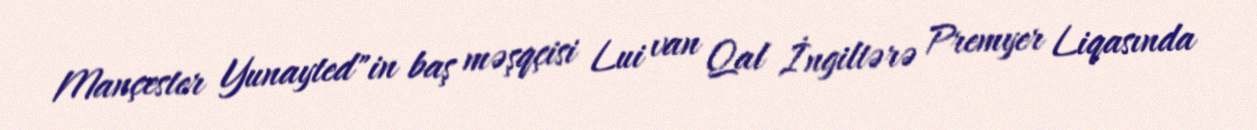
Mançester Yunayted"in baş məşqçisi Lui van Qal İngiltərə Premyer Liqasında